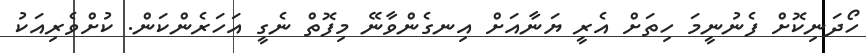
ހޯދަނިކޮށް ފެނުނީމަ ހިތަށް އެރީ ޔަނާއަށް އިނގެންވާނޭ މިފޮތް ނެގީ އަހަރެންކަން. ކުށްވެރިއަކު